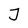
Character: J